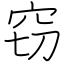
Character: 窃